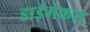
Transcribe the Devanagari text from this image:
डाईमेकस